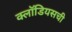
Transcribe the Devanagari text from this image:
क्लॉडियसची